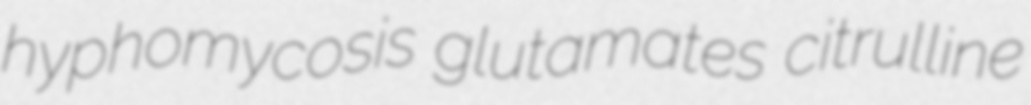
hyphomycosis glutamates citrulline